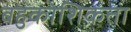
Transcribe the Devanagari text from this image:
बहुकोशिकता